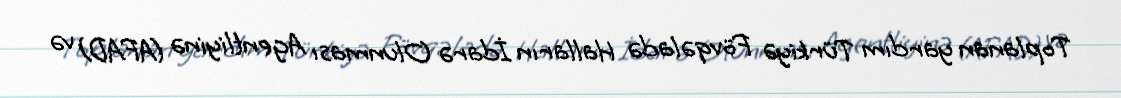
Toplanan yardım Türkiyə Fövqəladə Halların İdarə Olunması Agentliyinə (AFAD) və